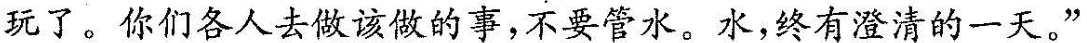
玩了。你们各人去做该做的事，不要关水。水，终有澄清的一天。“